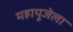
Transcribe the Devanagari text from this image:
महापूजेला